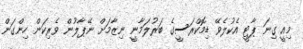
މިއީ ގިނަ ޕާޓީ އެކުލެވޭ ޑިމޮކްރަސީގެ ބަރުލަމާނީ ނިޒާމަށް ނޭޕާލުން ވެރިކަން ހިންގަން